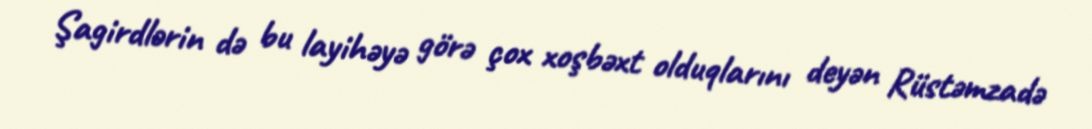
Şagirdlərin də bu layihəyə görə çox xoşbəxt olduqlarını deyən Rüstəmzadə